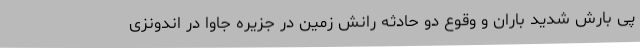
پی بارش شدید باران و وقوع دو حادثه رانش زمین در جزیره جاوا در اندونزی